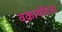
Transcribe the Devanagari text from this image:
वक्रार्थविजा